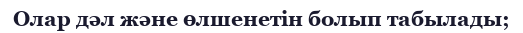
Олар дәл және өлшенетін болып табылады;